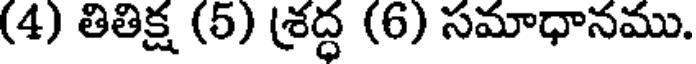
(4) తితిక్ష (5) (శద్ధ (6) సమాధానము.